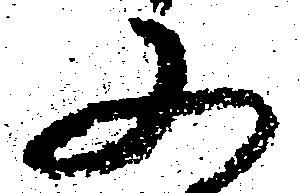
又